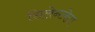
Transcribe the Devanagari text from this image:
सिलेन्टरेटा